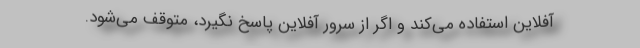
آفلاین استفاده می‌کند و اگر از سرور آفلاین پاسخ نگیرد، متوقف می‌شود.